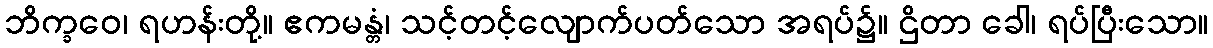
ဘိက္ခဝေ၊ ရဟန်းတို့။ ဧကမန္တံ၊ သင့်တင့်လျောက်ပတ်သော အရပ်၌။ ဌိတာ ခေါ၊ ရပ်ပြီးသော။